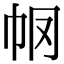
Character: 𢁶